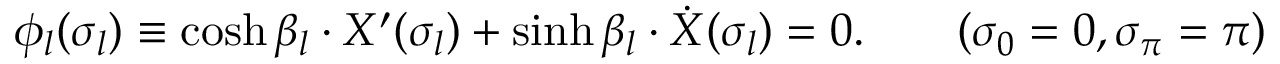
\phi _ { l } ( \sigma _ { l } ) \equiv \cosh \beta _ { l } \cdot X ^ { \prime } ( \sigma _ { l } ) + \sinh \beta _ { l } \cdot \dot { X } ( \sigma _ { l } ) = 0 . \qquad ( \sigma _ { 0 } = 0 , \sigma _ { \pi } = \pi )